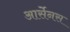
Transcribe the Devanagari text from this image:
आर्सेनस